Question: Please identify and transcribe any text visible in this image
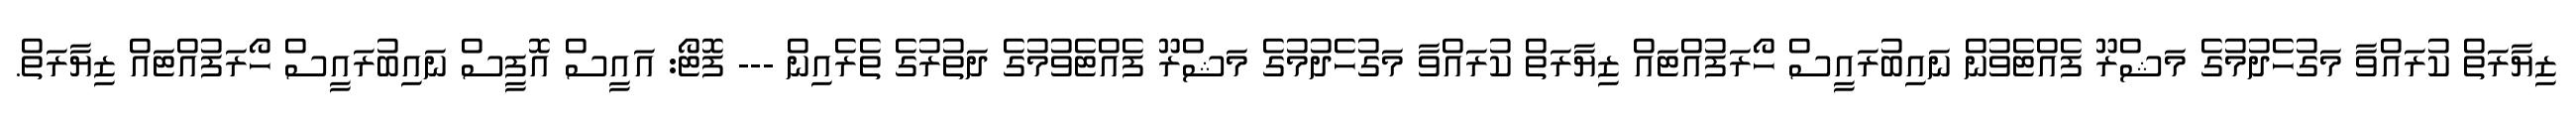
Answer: ޒިޔާރަތް ކުރައްވާ މަގުހެދުމުގެ މަޝްރޫ ފެއްޓެވުން ނައިބުރައީސް ހޯރަފުއްޓައް ޒިޔާރަތް ކުރައްވާ މަގުހެދުމުގެ މަޝްރޫ ފެއްޓެވުމުގެ ދަތުރުގެ ތެރެއިން --- ފޮޓޯ: އައީސް އޮފީސް ނައިބުރައީސް ހޯރަފުއްޓައް ޒިޔާރަތް.